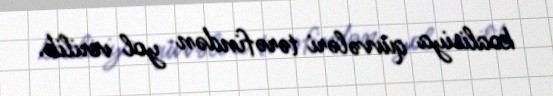
koalisiya qüvvələri tərəfindən yol verilib.